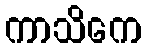
ကာသိကေ